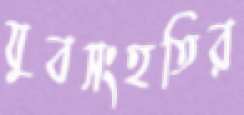
যুবসংহতির